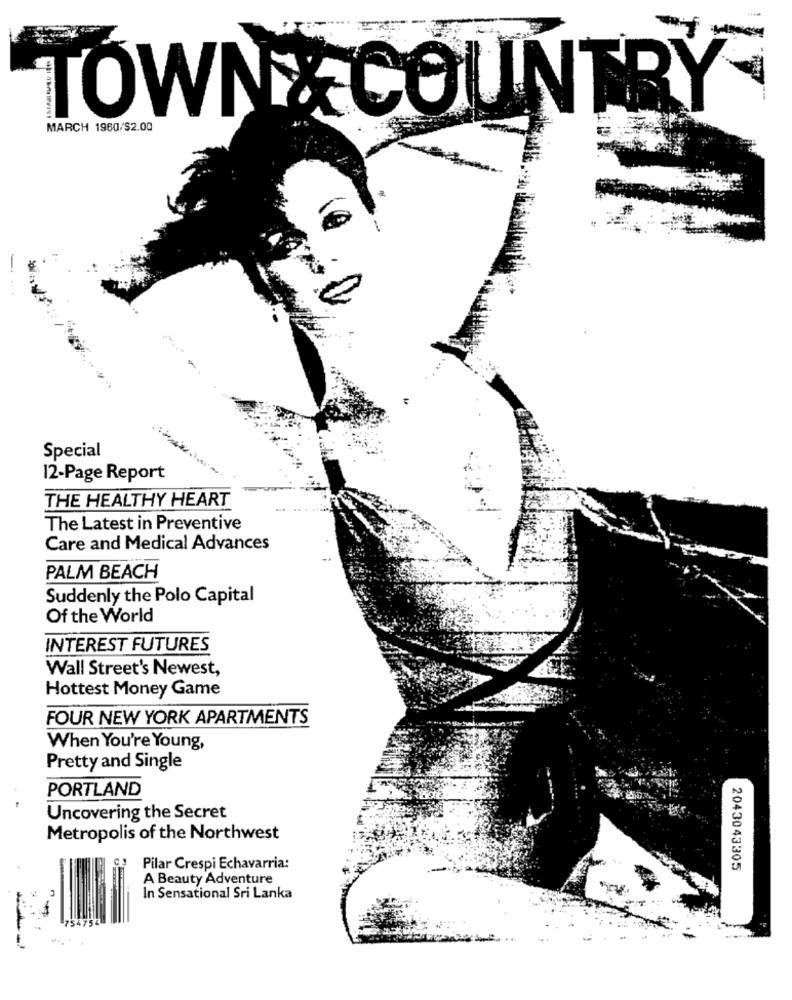
TOWN & COUNTRY-
MARCH 1960/$2.00
Special
12-Page Report
THE HEALTHY HEART
The Latest in Preventive
Care and Medical Advances
PALM BEACH
Suddenly the Polo Capital
Of the World
INTEREST FUTURES
Wall Street's Newest,
Hottest Money Game
FOUR NEW YORK APARTMENTS
When You're Young,
Pretty and Single
PORTLAND
Uncovering the Secret
Metropolis of the Northwest
Pilar Crespi Echavarria:
2043043305
A Beauty Adventure
In Sensational Sri Lanka